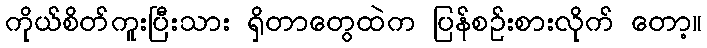
ကိုယ်စိတ်ကူးပြီးသား ရှိတာတွေထဲက ပြန်စဉ်းစားလိုက် တော့။